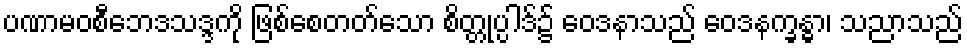
ပဏာမဝစီဘေဒသဒ္ဒကို ဖြစ်စေတတ်သော စိတ္တုပ္ပါဒ်၌ ဝေဒနာသည် ဝေဒနက္ခန္ဓာ၊ သညာသည်